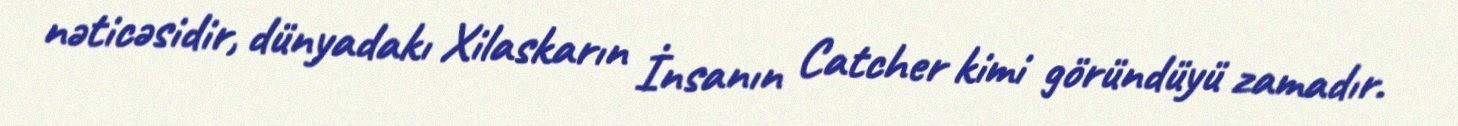
nəticəsidir, dünyadakı Xilaskarın İnsanın Catcher kimi göründüyü zamadır.